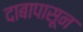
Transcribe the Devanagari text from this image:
दाबापासून